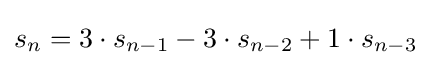
s_{n}=3\cdot s_{n-1}-3\cdot s_{n-2}+1\cdot s_{n-3}